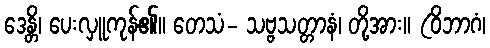
ဒေန္တိ၊ ပေးလှူကုန်၏။ တေသံ- သဗ္ဗသတ္တာနံ၊ တို့အား။ (ဝိဘာဂံ၊